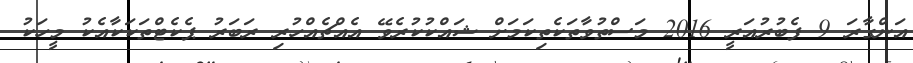
އަންގާރަ 9 ފެބުރުއަރީ 2016 މަސްތުވާތަކެތިކަމަށް ޝައްކުކުރެވޭ އެއްޗެއްހުރި ރަބަރު ޕެކެޓްތަކަކާއެކު މީހަކު